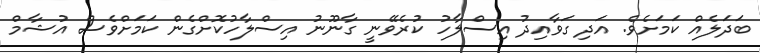
ބަދަލެއް ކަމަށެވެ. އަދި ގަވާއިދު އިސްލާހު ކުރެވޭނީ ގާނޫނު އިސްލާހުކޮށްގެން ކަމަށްވެސް އުޝާމް